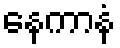
နေကာနံ